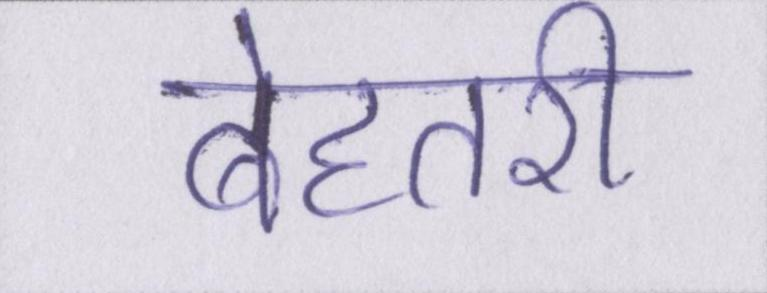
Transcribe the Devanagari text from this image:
बेहतरी